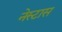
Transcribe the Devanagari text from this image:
नेस्टास